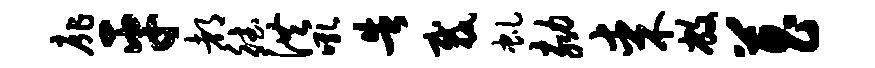
扉平都德洪吼告裁虬劾某敝菖